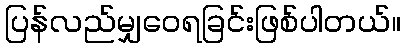
ပြန်လည်မျှဝေရခြင်းဖြစ်ပါတယ်။